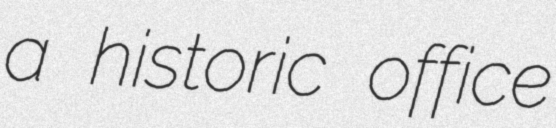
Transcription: a historic office